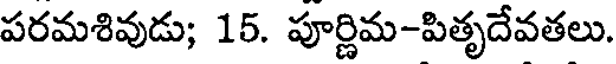
పరమశివుడు; 15. పూర్ణిమ-పితృదేవతలు.